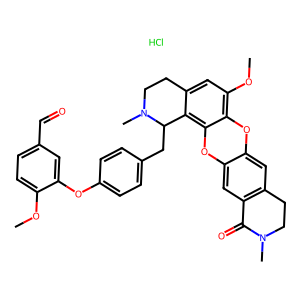
SMILES: COc1ccc(C=O)cc1Oc1ccc(CC2c3c(cc(OC)c4c3Oc3cc5c(cc3O4)CCN(C)C5=O)CCN2C)cc1.Cl
Inhibits HIV replication: No